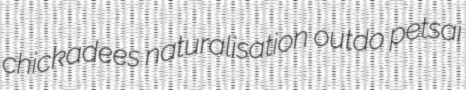
chickadees naturalisation outdo petsai